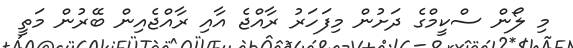
މި ލޯން ސްކީމްގެ ދަށުން މިފަހަރު ރާއްޖެ އާއި ރާއްޖެއިން ބޭރުން މަތީ